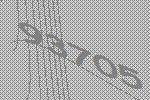
93705